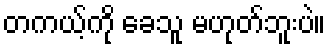
တကယ့်ကို ခေသူ မဟုတ်ဘူးပဲ။